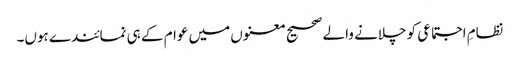
نظامِ اجتماعی کو چلانے والے صحیح معنوں میں عوام کے ہی نمائندے ہوں۔